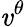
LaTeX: \mathit{v}^{\theta}